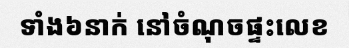
ទាំង៦នាក់ នៅចំណុចផ្ទះលេខ